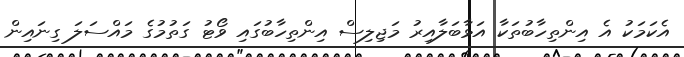
އެކަމަކު އެ އިންތިިހާބުތަކާ އަޅާބަލާއިރު މަޖިލިސް އިންތިހާބުގައި ވޯޓު ގަތުމުގެ މައްސަލަ ގިނައިން